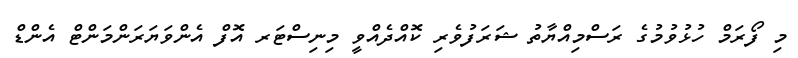
މި ފޯރަމް ހުޅުވުމުގެ ރަސްމިއްޔާތު ޝަރަފުވެރި ކޮއްދެއްވީ މިނިސްޓަރ އޮފް އެންވަޔަރަންމަންޓް އެންޑް